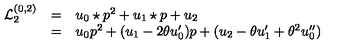
\begin{array} { l c l } { { \mathcal L } _ { 2 } ^ { ( 0 , 2 ) } } & { = } & { { u _ { 0 } \star p } ^ { 2 } + u _ { 1 } \star p + u _ { 2 } } \\ { } & { = } & { u _ { 0 } { p } ^ { 2 } + ( u _ { 1 } - 2 \theta u _ { 0 } ^ { \prime } ) p + ( u _ { 2 } - \theta u _ { 1 } ^ { \prime } + \theta ^ { 2 } u _ { 0 } ^ { \prime \prime } ) } \\ \end{array}